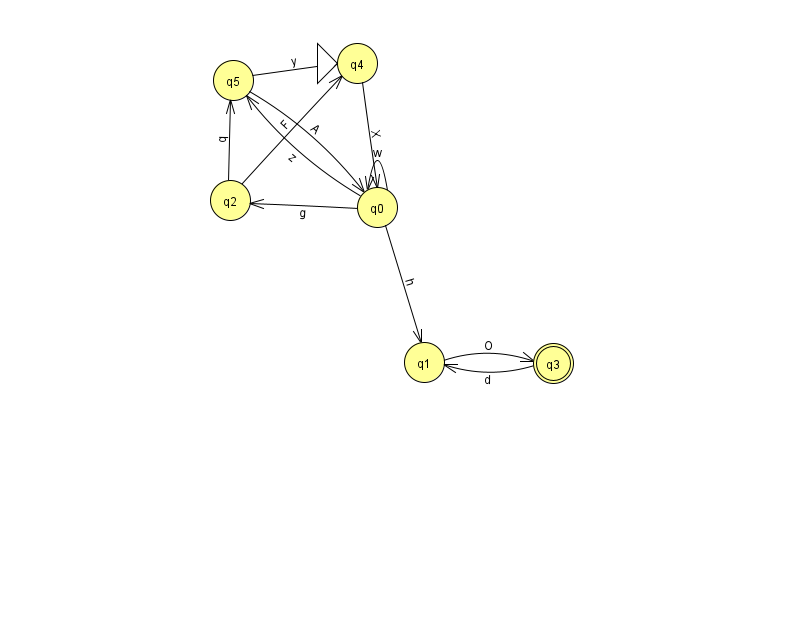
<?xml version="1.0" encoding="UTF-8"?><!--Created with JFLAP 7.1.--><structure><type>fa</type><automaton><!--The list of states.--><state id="0" name="q0"><x>377.0</x><y>194.0</y></state><state id="1" name="q1"><x>424.0</x><y>349.0</y></state><state id="2" name="q2"><x>230.0</x><y>187.0</y></state><state id="3" name="q3"><x>553.0</x><y>350.0</y><final/></state><state id="4" name="q4"><x>357.0</x><y>50.0</y><initial/></state><state id="5" name="q5"><x>233.0</x><y>67.0</y></state><!--The list of transitions.--><transition><from>5</from><to>0</to><read>A</read></transition><transition><from>4</from><to>0</to><read>X</read></transition><transition><from>5</from><to>4</to><read>y</read></transition><transition><from>2</from><to>4</to><read>F</read></transition><transition><from>3</from><to>1</to><read>d</read></transition><transition><from>0</from><to>0</to><read>w</read></transition><transition><from>2</from><to>5</to><read>q</read></transition><transition><from>0</from><to>1</to><read>h</read></transition><transition><from>0</from><to>5</to><read>z</read></transition><transition><from>1</from><to>3</to><read>O</read></transition><transition><from>0</from><to>2</to><read>g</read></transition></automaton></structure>